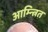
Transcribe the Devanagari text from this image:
आम्न्त्रित